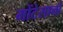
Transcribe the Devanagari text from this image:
मोंटेसानो